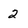
Character: 2